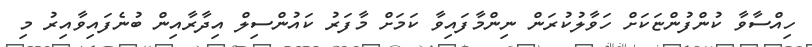
ހިއްސާވާ ކުންފުންޏަކަށް ހަވާލުކުރަން ނިންމާފައިވާ ކަމަށް މާފަރު ކައުންސިލް އިދާރާއިން ބުނެފައިވާއިރު މި